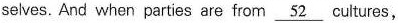
selvus. And whcn parties are from \underline{52}cultures,